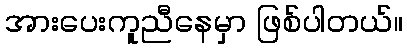
အားပေးကူညီနေမှာ ဖြစ်ပါတယ်။